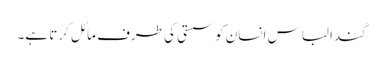
گندا لباس انسان کو سستی کی طرف مائل کرتا ہے۔